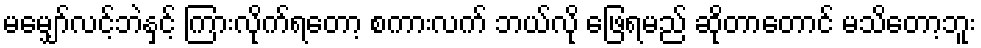
မမျှော်လင့်ဘဲနှင့် ကြားလိုက်ရတော့ စကားလက် ဘယ်လို ဖြေရမည် ဆိုတာတောင် မသိတော့ဘူး